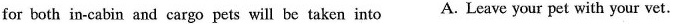
for both in-cabin and cargo pets will be taken into A. Leave your pet with your vet.